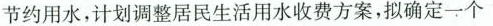
节约用水，计划调整居民生活用水收费方案，拟确定一个